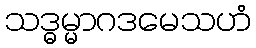
သဒ္ဓမ္မာဂဒမေသဟံ